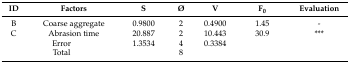
| ID | Factors | S | Ø | V | F0 | Evaluation |
 | --- | --- | --- | --- | --- | --- | --- |
 | B | Coarse aggregate | 0.9800 | 2 | 0.4900 | 1.45 | - |
 | C | Abrasion time | 20.887 | 2 | 10.443 | 30.9 | *** |
 | <COLSPAN=2> Error | 1.3534 | 4 | 0.3384 |  |  |
 | <COLSPAN=2> Total |  | 8 |  |  |  |